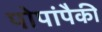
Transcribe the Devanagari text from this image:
पोपांपैकी